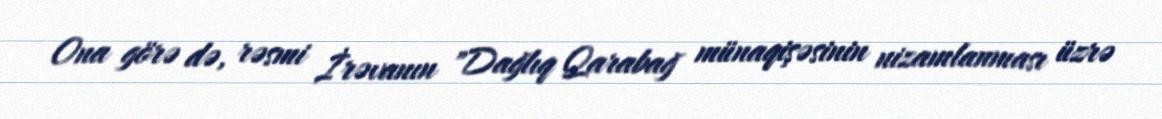
Ona görə də, rəsmi İrəvanın "Dağlıq Qarabağ münaqişəsinin nizamlanması üzrə